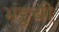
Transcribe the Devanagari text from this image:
भंडूची